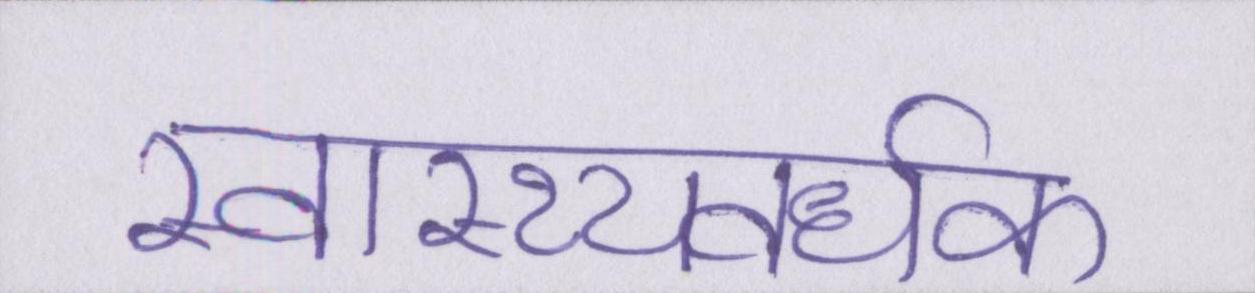
स्वास्थ्यवर्धक